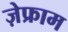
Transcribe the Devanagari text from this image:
ज़ेफ्राम